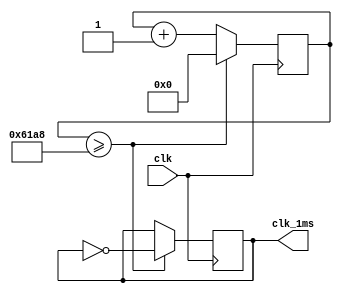
`timescale 1ns / 1ps
//////////////////////////////////////////////////////////////////////////////////
// Company: 
// Engineer: 
// 
// Design Name: 
// Module Name:    clock 
// Project Name: 
// Target Devices: 
// Tool versions: 
// Description: 
//
// Dependencies: 
//
// Revision: 
// Revision 0.01 - File Created
// Additional Comments: 
//
//////////////////////////////////////////////////////////////////////////////////
module clock(
   input wire clk,
	output reg clk_1ms);
	
	reg [15:0] cnt;
	initial begin
		cnt [15:0] <=0;
		clk_1ms <= 0;
	end
	always@(posedge clk)
		if(cnt>=25000) begin
			cnt<=0;
			clk_1ms <= ~clk_1ms;
		end
		else begin
		cnt<=cnt+1;
	end
endmodule